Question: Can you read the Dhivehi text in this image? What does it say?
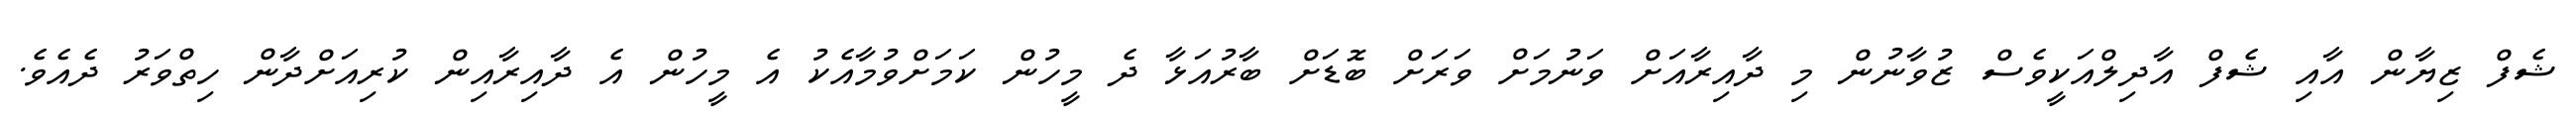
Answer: ޝެފް ޒިޔާން އާއި ޝެފް އާދިލްއަކީވެސް ޒުވާނުން މި ދާއިރާއަށް ވަނުމަށް ވަރަށް ބޮޑަށް ބާރުއަޅާ ދެ މީހުން ކަމަށްވުމާއެކު އެ މީހުން އެ ދާއިރާއިން ކުރިއަށްދާން ހިތްވަރު ދެއެވެ.